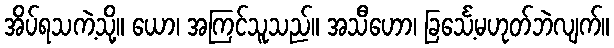
အိပ်ရသကဲ့သို့။ ယော၊ အကြင်သူသည်။ အသီဟော၊ ခြင်္သေ့မဟုတ်ဘဲလျက်။